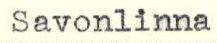
Savonlinna